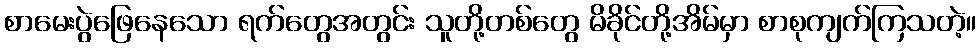
စာမေးပွဲဖြေနေသော ရက်တွေအတွင်း သူတို့တစ်တွေ မိခိုင်တို့အိမ်မှာ စာစုကျက်ကြသတဲ့။